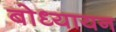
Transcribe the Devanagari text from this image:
बोध्यायन